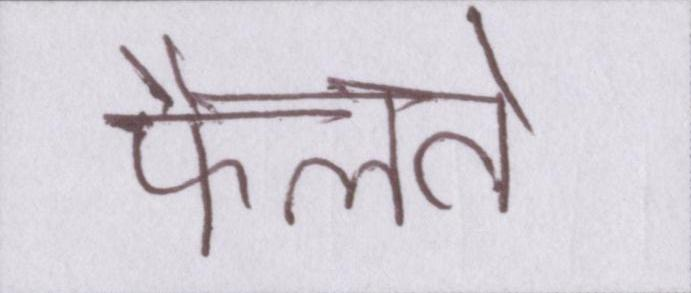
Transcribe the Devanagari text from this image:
फैलते